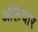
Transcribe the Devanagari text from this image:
अलिचार